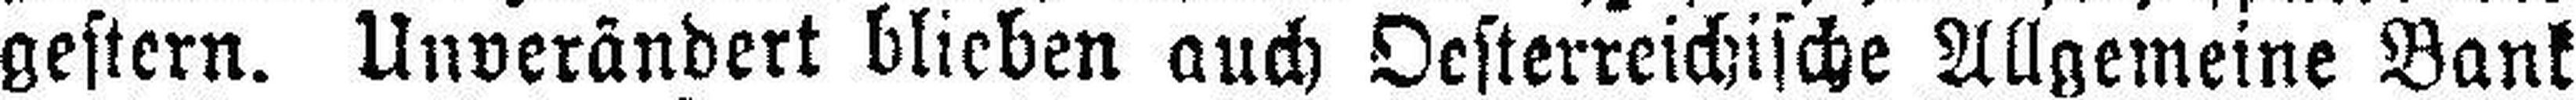
gestern. Unverändert blieben auch Oesterreichische Allgemeine Bank